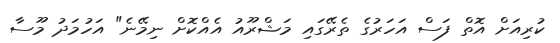
ކުރިއަށް އޮތް ފަސް އަހަރުގެ ތެރޭގައި މަޝްރޫއު އެއްކޮށް ނިމޭނެ" އަހުމަދު މޫސާ